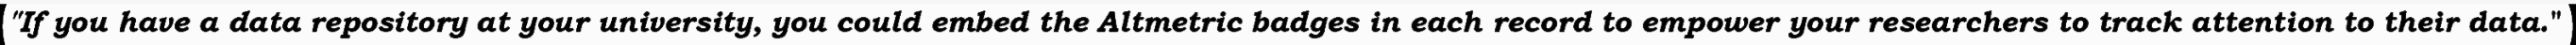
"If you have a data repository at your university, you could embed the Altmetric badges in each record to empower your researchers to track attention to their data."